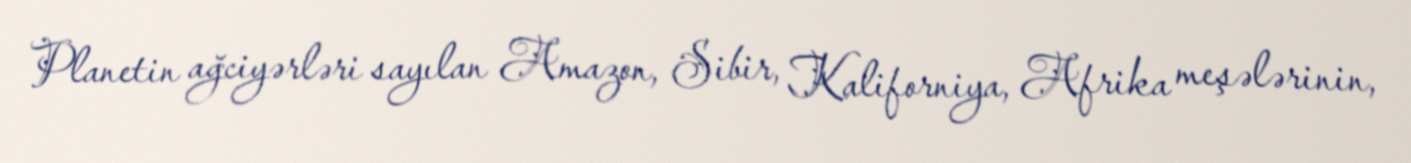
Planetin ağciyərləri sayılan Amazon, Sibir, Kaliforniya, Afrika meşələrinin,